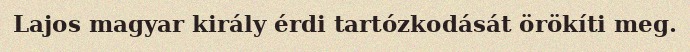
Lajos magyar király érdi tartózkodását örökíti meg.